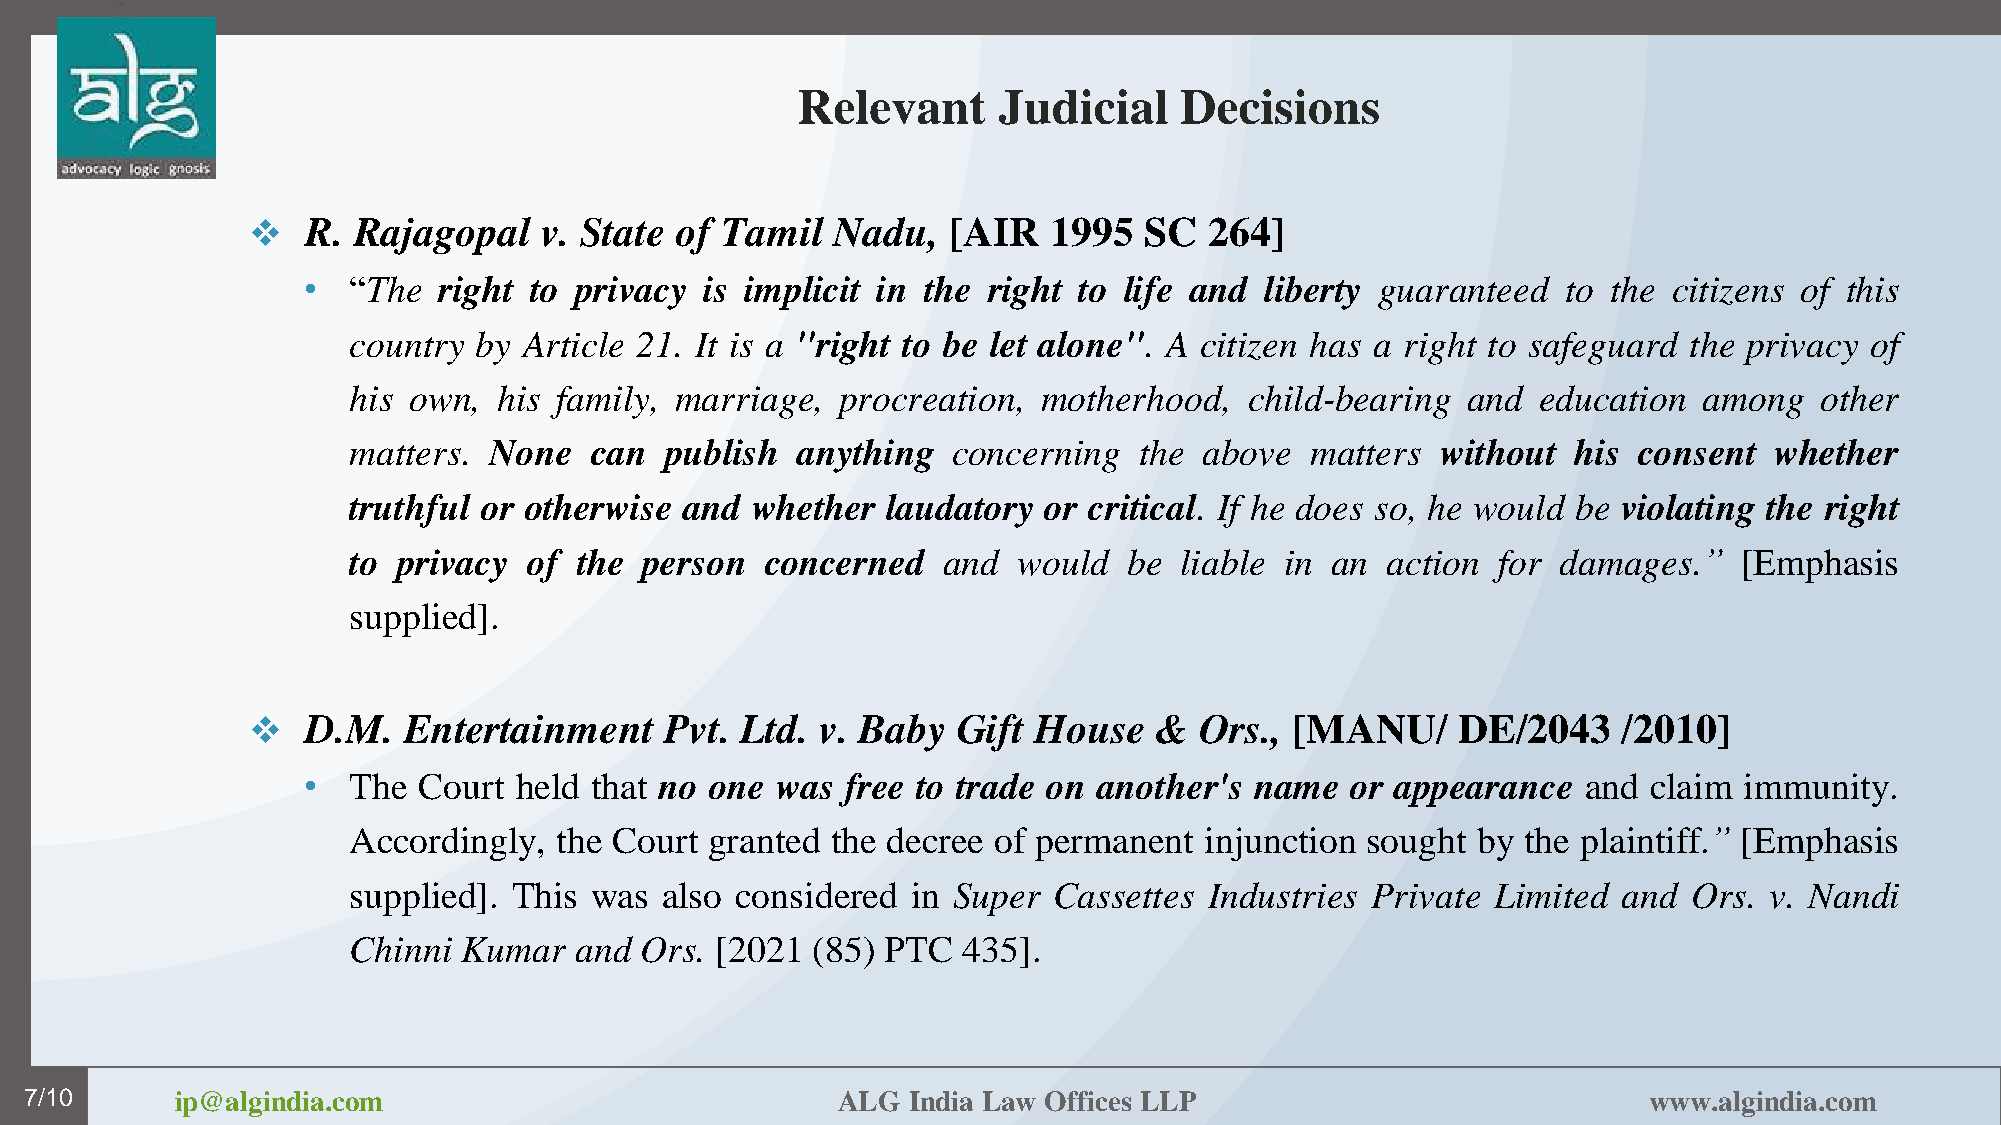
Relevant     Judicial    Decisions
    R. Rajagopal    v. State of Tamil  Nadu,   [AIR  1995   SC  264]
 •  “The  right to privacy  is implicit in the right to life and liberty guaranteed  to the citizens of this
 country by  Article 21. It is a "right to be let alone". A citizen has a right to safeguard the privacy of
 his own,  his family, marriage,  procreation, motherhood,   child-bearing and  education  among  other
 matters. None   can  publish  anything  concerning  the  above  matters without  his consent  whether
 truthful or otherwise and  whether  laudatory or critical. If he does so, he would be violating the right
 to privacy  of the person   concerned  and  would   be liable in an  action for damages.”   [Emphasis
 supplied].
    D.M.   Entertainment    Pvt. Ltd. v. Baby  Gift House   &  Ors.,  [MANU/    DE/2043    /2010]
 7
 •  The  Court held that no one was  free to trade on another's name  or appearance   and claim immunity.
 Accordingly,  the Court granted the decree of permanent  injunction sought by the plaintiff.” [Emphasis
 supplied]. This was  also considered in Super  Cassettes Industries Private Limited and  Ors. v. Nandi
 Chinni  Kumar  and Ors. [2021  (85) PTC  435].
 7/10      ip@algindia.com                            ALG  India Law Offices LLP                            www.algindia.com